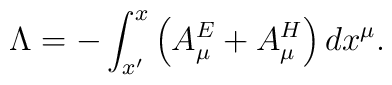
\ \Lambda =-\int_{x^{\prime }}^{x}\left( A_{\mu }^{E}+A_{\mu }^{H}\right)dx^{\mu }.